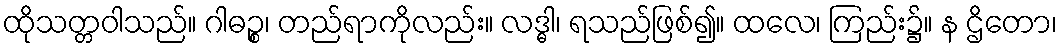
ထိုသတ္တဝါသည်။ ဂါဓဉ္စ၊ တည်ရာကိုလည်း။ လဒ္ဓါ၊ ရသည်ဖြစ်၍။ ထလေ၊ ကြည်း၌။ န ဌိတော၊